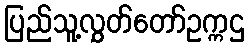
ပြည်သူ့လွှတ်တော်ဥက္ကဌ